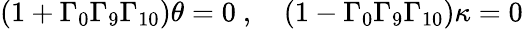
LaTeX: (1+\Gamma_{0}\Gamma_{9}\Gamma_{10})\theta=0\ ,\quad(1-\Gamma_{0}\Gamma_{9}\Gamma_{10})\kappa=0